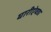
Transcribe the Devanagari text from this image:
घारीऐवडा